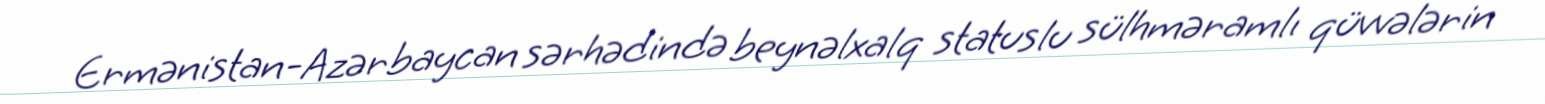
Ermənistan-Azərbaycan sərhədində beynəlxalq statuslu sülhməramlı qüvvələrin